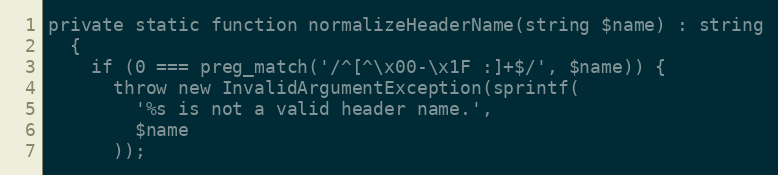
Language: PHP
private static function normalizeHeaderName(string $name) : string
  {
    if (0 === preg_match('/^[^\x00-\x1F :]+$/', $name)) {
      throw new InvalidArgumentException(sprintf(
        '%s is not a valid header name.',
        $name
      ));